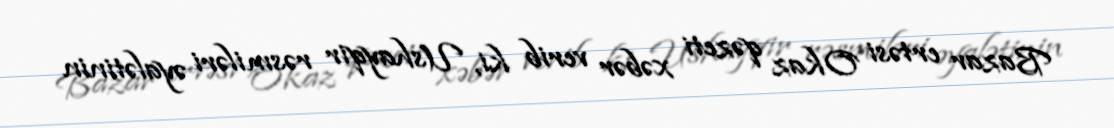
Bazar ertəsi Okaz qəzeti xəbər verib ki, Ushayqir rəsmiləri əyalətinin